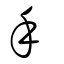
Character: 手